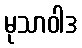
မုသာဝါဒ